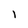
Character: l